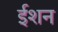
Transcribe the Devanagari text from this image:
ईशन